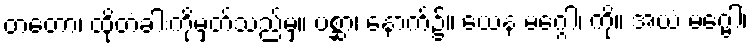
တတော၊ ထိုတံခါးကိုမှတ်သည်မှ။ ပစ္ဆာ၊ နောက်၌။ ယေန မဂ္ဂေါ၊ ကို။ အယံ မဂ္ဗေါ၊